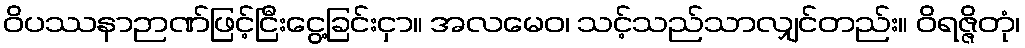
ဝိပဿနာဉာဏ်ဖြင့်ငြီးငွေ့ခြင်းငှာ။ အလမေဝ၊ သင့်သည်သာလျှင်တည်း။ ဝိရဇ္ဇိတုံ၊